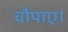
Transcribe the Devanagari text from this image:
चौपाए।